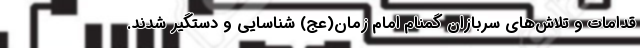
قدامات و تلاش‌های سربازان گمنام امام زمان(عج) شناسایی و دستگیر شدند.